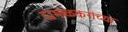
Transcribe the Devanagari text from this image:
दाभोळकरांच्या